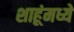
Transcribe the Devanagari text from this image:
शाहूंमध्ये